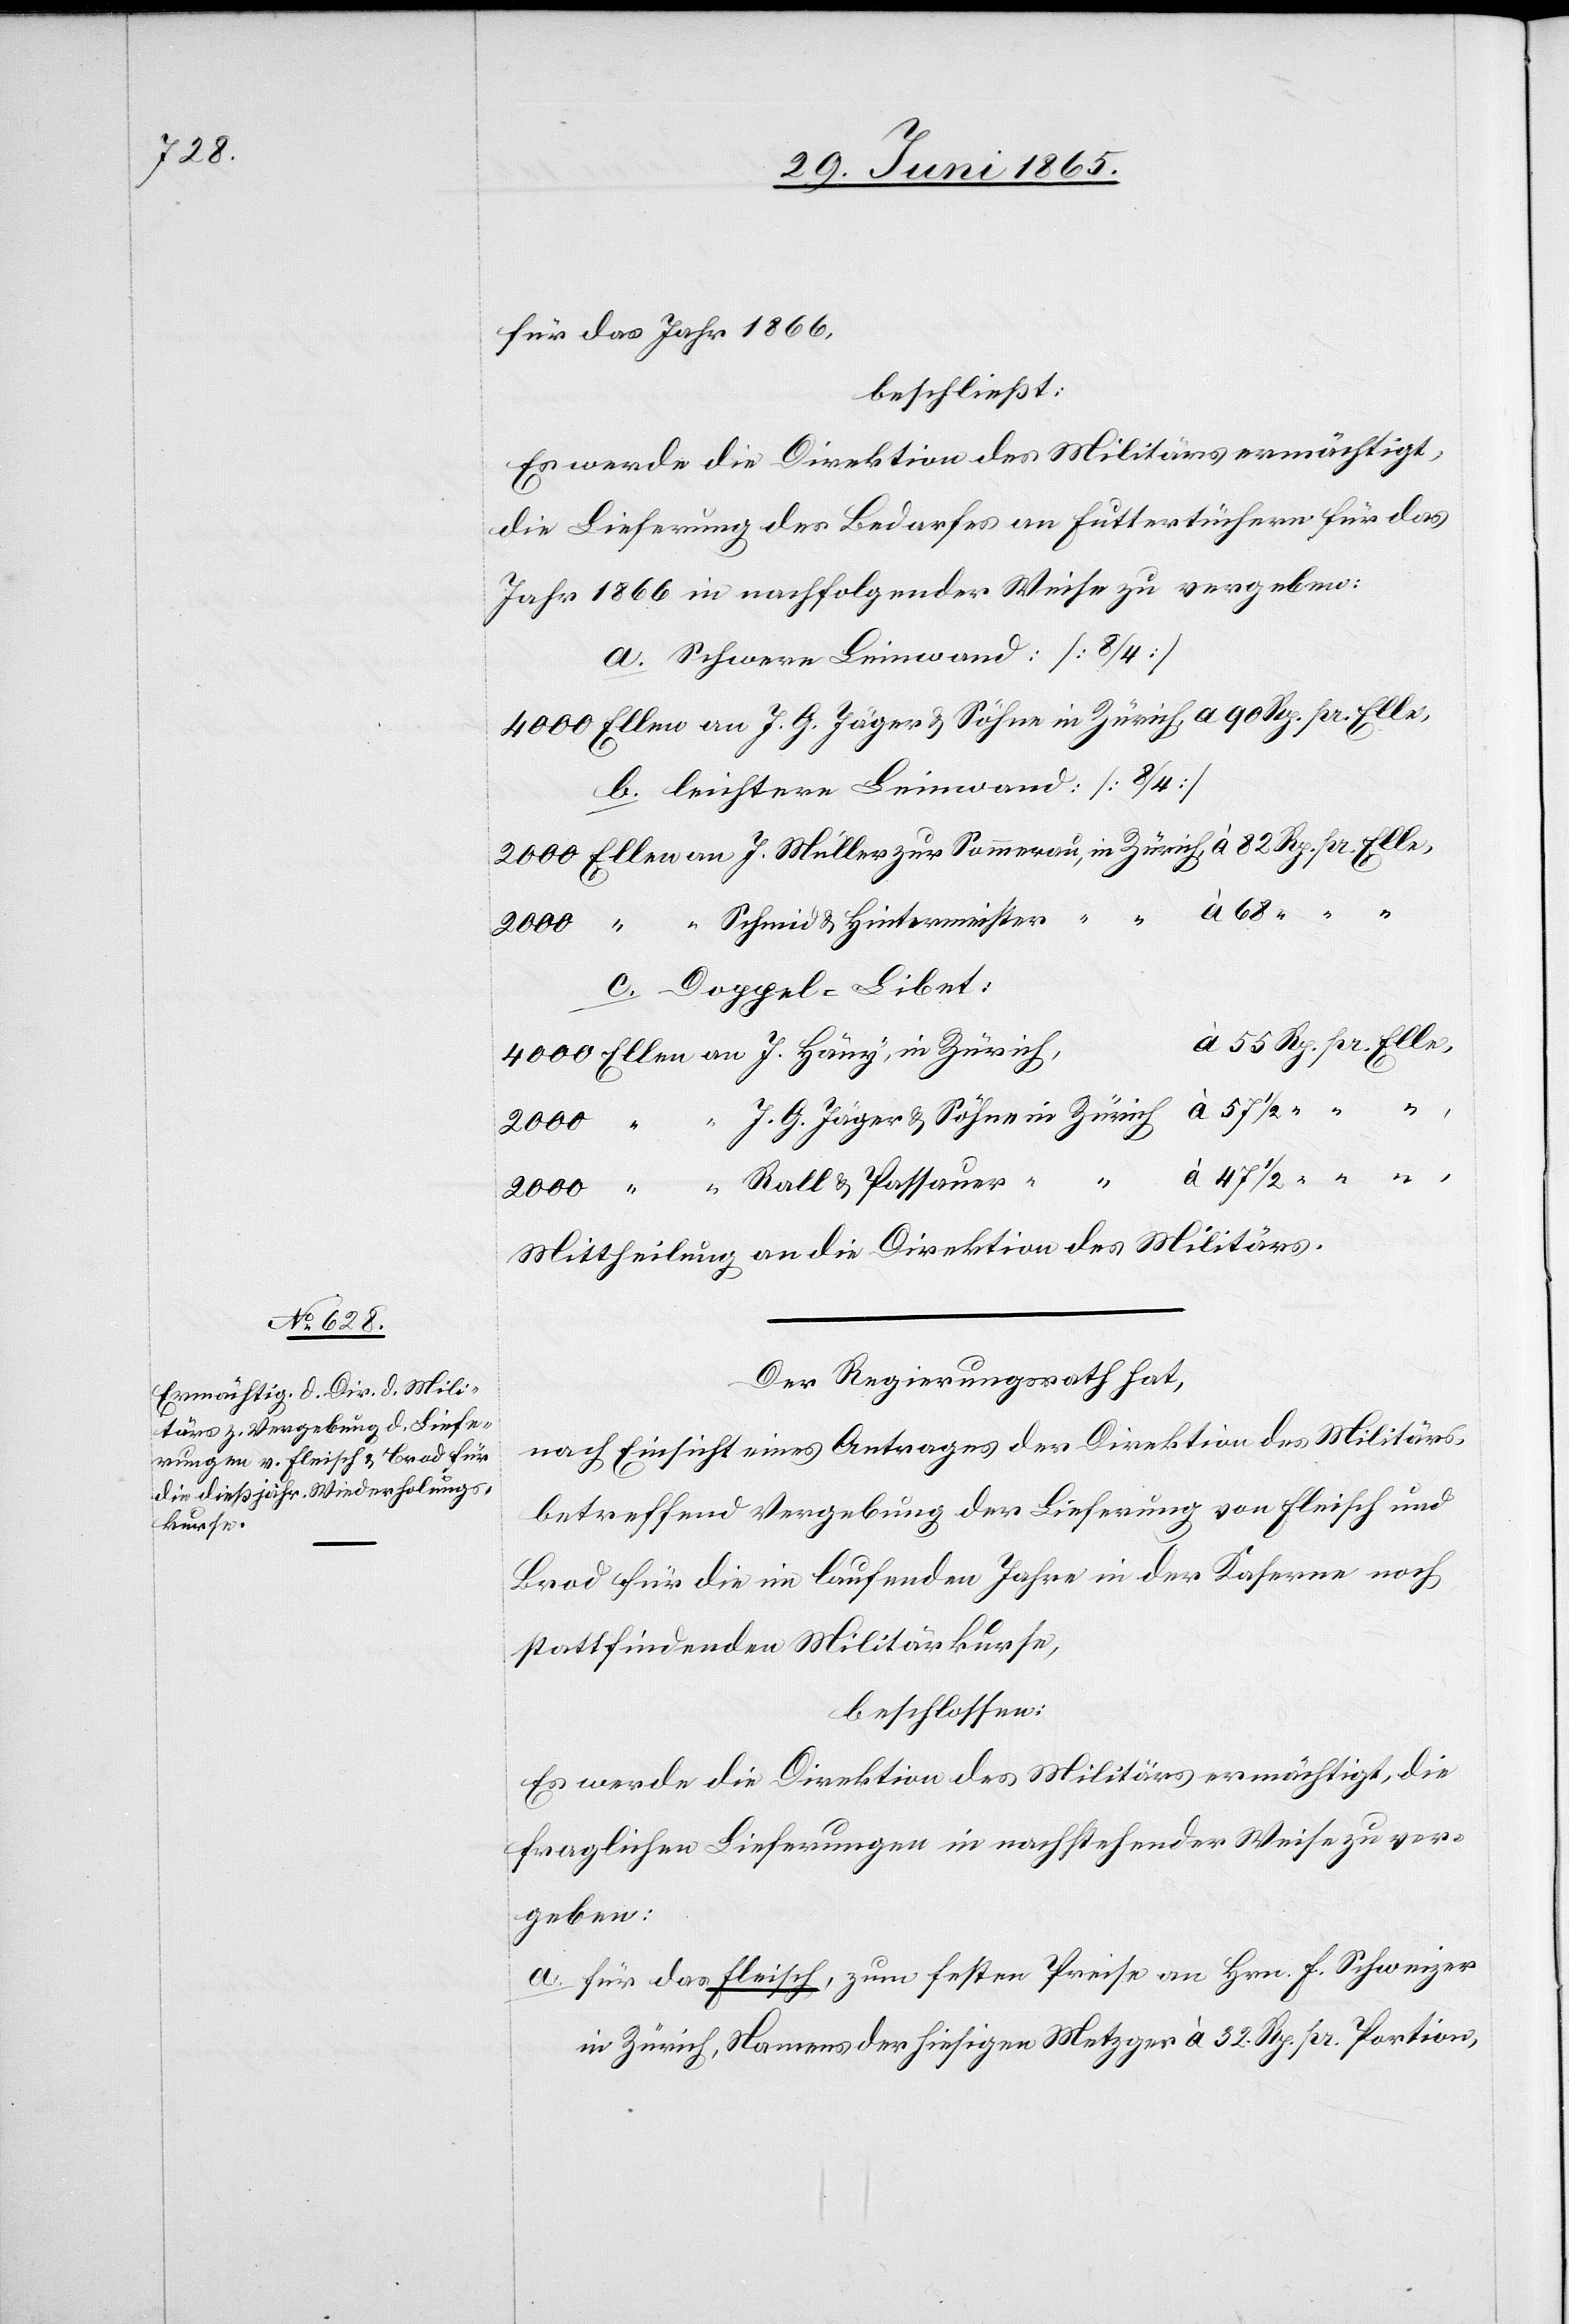
für das Jahr 1866,
beschließt:
Es werde die Direktion des Militärs ermächtigt,
die Lieferung des Bedarfes an Futtertüchern für das
Jahr 1866 in nachfolgender Weise zu vergeben:
a. Schwere Leinwand: [8/4]
4000 Ellen an J. G. Jäger & Söhne in Zürich, a 90 Rp. pr. Elle,
b. leichtere Leinwand: [8/4]
2000 Ellen an J. Müller zur Sommerau, in Zürich, à 82 Rp. pr. Elle,
2000 “ “ Schmid & Hintermeister,
c. Doppel-Libet:
à 55 Rp. pr. Elle,
4000 Ellen an J. Häny, in Zürich,
2000 “ “ J. G. Jäger u. Söhne in Zürich à 57 ½
à 47 ½ “ “
2000 “ “ Rall & Passauer
Mittheilung an die Direktion des Militärs.
Der Regierungsrath hat,
nach Einsicht eines Antrages der Direktion des Militärs,
betreffend Vergebung der Lieferung von Fleisch und
Brod für die im laufenden Jahre in der Kaserne noch
stattfindenden Militärkurse,
beschlossen:
Es werde die Direktion des Militärs ermächtigt, die
fraglichen Lieferungen in nachstehender Weise zu ver¬
geben:
a. für das Fleisch, zum festen Preise an Hrn. F. Schweizer
in Zürich, Namens der hiesigen Metzger à 32 Rp. pr. Portion